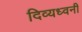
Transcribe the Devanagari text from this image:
दिव्यध्वनी